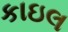
કાઇલ